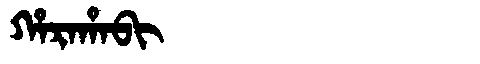
Manchu: ᡥᠠᡵᠠᡥᠠᠪᡳ
Romanization: HARAHABI